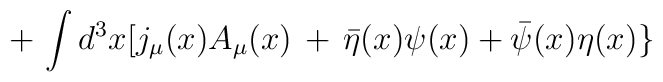
\,+\, \int d^3x [ j_\mu(x) A_\mu(x)\,+\, {\bar\eta}(x)\psi(x)+ {\bar\psi}(x)\eta(x) \}